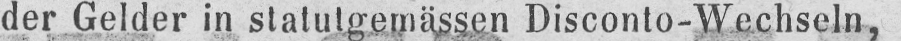
der Gelder in statutgemässen Disconto-Wechseln,